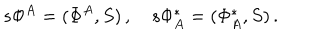
LaTeX: s \Phi ^ { A } = ( \Phi ^ { A } , S ) \, , ~ s \Phi _ { A } ^ { * } = ( \Phi _ { A } ^ { * } , S ) \, .